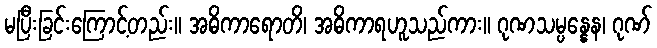
မပြီးခြင်းကြောင့်တည်း။ အဓိကာရောတိ၊ အဓိကာရဟူသည်ကား။ ဂုဏသမ္ပန္နေန၊ ဂုဏ်